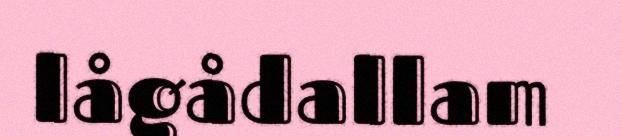
lågådallam